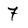
Character: 7